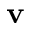
\mathbf { v }